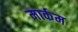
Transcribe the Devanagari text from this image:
मार्कम